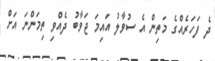
ދެ ފަހަރެއްގެ މަތިން އެ ސުވާލު އައިމަ ޖަވާބު ދެއްވި ތިމަންނަ އަށް